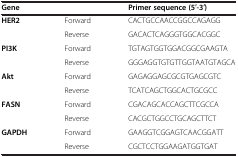
| Gene |  | Primer sequence (5′-3′) |
 | --- | --- | --- |
 | HER2 | Forward | CACTGCCAACCGGCCAGAGG |
 |  | Reverse | GACACTCAGGGTGGCACGGC |
 | PI3K | Forward | TGTAGTGGTGGACGGCGAAGTA |
 |  | Reverse | GGGAGGTGTGTTGGTAATGTAGCA |
 | Akt | Forward | GAGAGGAGCGCGTGAGCGTC |
 |  | Reverse | TCATCAGCTGGCACTGCGCC |
 | FASN | Forward | CGACAGCACCAGCTTCGCCA |
 |  | Reverse | CACGCTGGCCTGCAGCTTCT |
 | GAPDH | Forward | GAAGGTCGGAGTCAACGGATT |
 |  | Reverse | CGCTCCTGGAAGATGGTGAT |